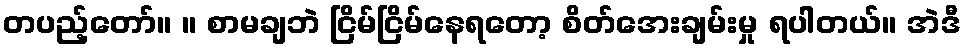
တပည့်တော်။ ။ စာမချဘဲ ငြိမ်ငြိမ်နေရတော့ စိတ်အေးချမ်းမှု ရပါတယ်။ အဲဒီ